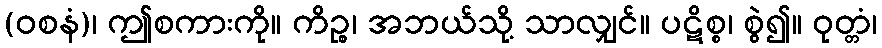
(ဝစနံ)၊ ဤစကားကို။ ကိဉ္စ၊ အဘယ်သို့ သာလျှင်။ ပဋိစ္စ၊ စွဲ၍။ ဝုတ္တံ၊